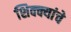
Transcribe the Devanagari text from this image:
शिक्क्यांचे